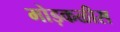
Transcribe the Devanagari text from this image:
मोड़कळीस